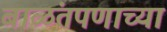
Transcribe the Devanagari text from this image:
बाळंतपणाच्या